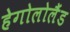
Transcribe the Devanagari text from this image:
हेगोलोलैंड